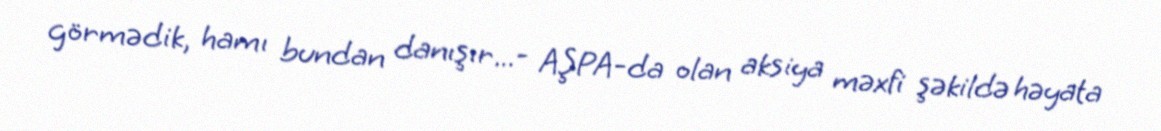
görmədik, hamı bundan danışır...- AŞPA-da olan aksiya məxfi şəkildə həyata